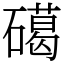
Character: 礍